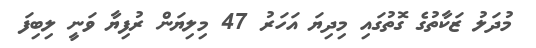
މުދަލު ޒަކާތުގެ ގޮތުގައި މިދިޔަ އަހަރު 47 މިލިޔަން ރުފިޔާ ވަނީ ލިބިފަ